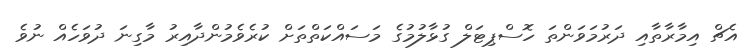
އެޗް އިމާރާތާއި ދަރުމަވަންތަ ހޮސްޕިޓަލް ގުޅާލުމުގެ މަސައްކަތްތަށް ކުރެވެމުންދާއިރު މާގިނަ ދުވަހެއް ނުވެ